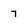
Character: 7